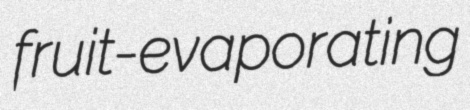
fruit-evaporating